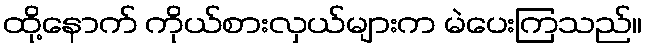
ထို့နောက် ကိုယ်စားလှယ်များက မဲပေးကြသည်။